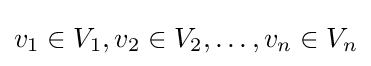
v_{1}\in V_{1},v_{2}\in V_{2},\ldots ,v_{n}\in V_{n}